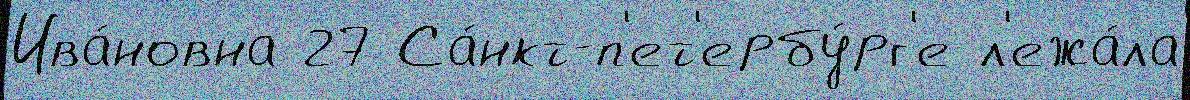
Ива́новна 27 Са́нкт-п'ет'ербу́рг'е л'ежа́ла